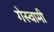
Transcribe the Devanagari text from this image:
गेस्वामी